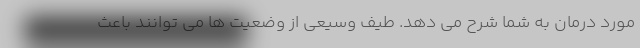
مورد درمان به شما شرح می دهد. طیف وسیعی از وضعیت ها می توانند باعث